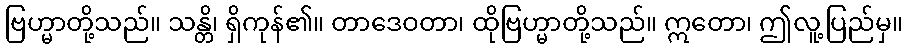
ဗြဟ္မာတို့သည်။ သန္တိ၊ ရှိကုန်၏။ တာဒေဝတာ၊ ထိုဗြဟ္မာတို့သည်။ ဣတော၊ ဤလူ့ပြည်မှ။